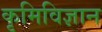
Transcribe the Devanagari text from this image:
कृमिविज्ञान